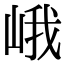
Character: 峨